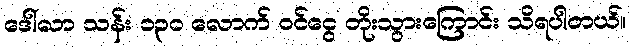
ဒေါ်လာ သန်း ၁၃၀ လောက် ဝင်ငွေ တိုးသွားကြောင်း သိရပါတယ်။